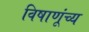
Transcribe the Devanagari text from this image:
विषाणूंच्य